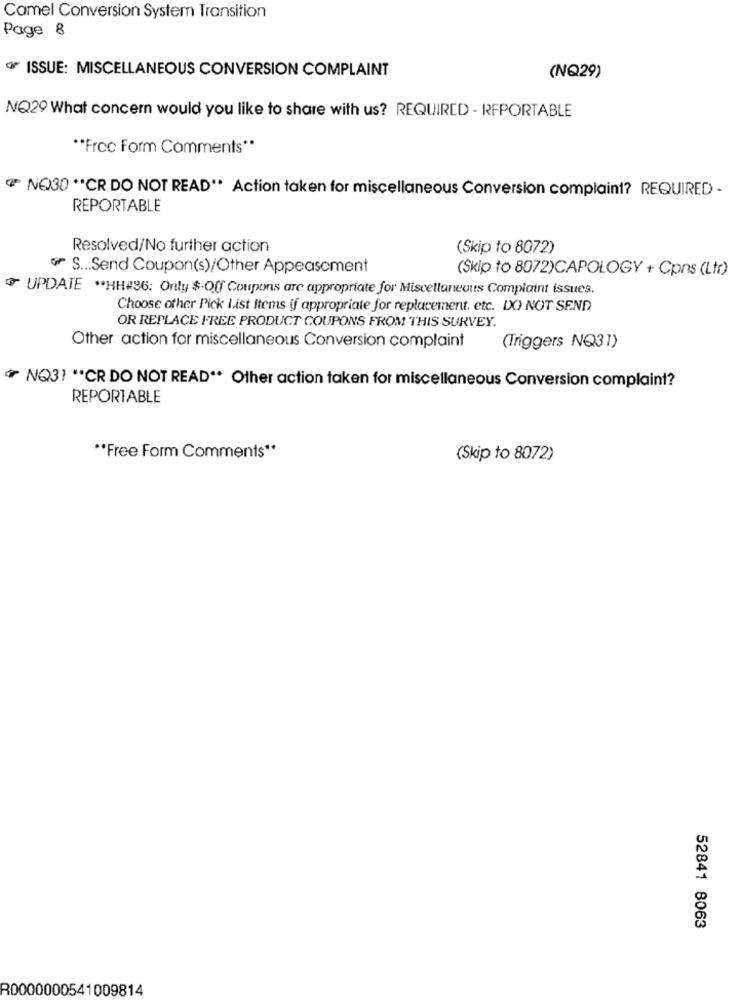
Camel Conversion System Transition
Page 8
* ISSUE: MISCELLANEOUS CONVERSION COMPLAINT
(NQ29)
NQ20 What concern would you like to share with us? REQUIRED - RFPORTABLE
""Free Form Comments"
NO30 ** CR DO NOT READ" Action taken for miscellaneous Conversion complaint? REQUIRED -
REPORTABLE
Resolved/No further action
(Skip to 8072)
Gr S ... Send Coupon(s)/Other Appeasement
(Skip to 8072)CAPOLOGY + Cpns (Ltr)
UPDATE WHH#96: Only $·Off Coupons are appropriate for Miscellaneous Complaint issues.
Choose other Pick List Items if appropriate for replacement, etc. DO NOT SEND
OR REPLACE FREE PRODUCT COUPONS FROM THIS SURVEY.
Other action for miscellaneous Conversion complaint
(Triggers NQ31)
NQ31 "*CR DO NOT READ ** Other action taken for miscellaneous Conversion complaint?
REPORTABLE
** Free Form Comments **
(Skip to 8072)
52841 8063
R0000000541009814